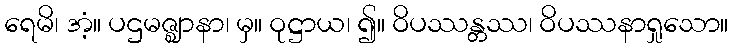
ရေမိ၊ အံ့။ ပဌမဇ္ဈာနာ၊ မှ။ ဝုဋ္ဌာယ၊ ၍။ ဝိပဿန္တဿ၊ ဝိပဿနာရှုသော။